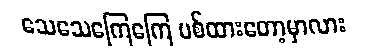
သေသေကြေကြေ ပစ်ထားတော့မှာလား